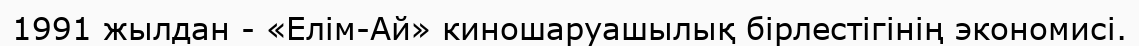
1991 жылдан - «Елім-Ай» киношаруашылық бірлестігінің экономисі.